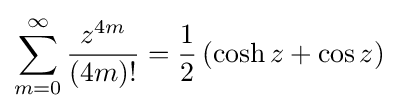
\sum _{m=0}^{\infty }{z^{4m} \over (4m)!}={\frac {1}{2}}\left(\cosh {z}+\cos {z}\right)